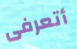
أتعرفى